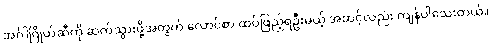
အင်္ဂါဂြိုဟ်ဆီကို ဆက်သွားဖို့အတွက် လောင်စာ ထပ်ဖြည့်ရဦးမယ့် အဆင့်လည်း ကျန်ပါသေးတယ်။